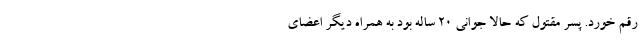
رقم خورد. پسر مقتول که حالا جوانی 20 ساله بود به همراه دیگر اعضای